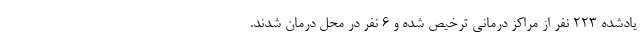
یادشده ۲۲۳ نفر از مراکز درمانی ترخیص شده و ۶ نفر در محل درمان شدند.